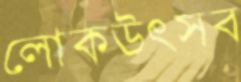
লোকউৎসব